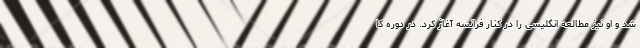
شد و او نیز مطالعه انگلیسی را در کنار فرانسه آغاز کرد. در دوره کا